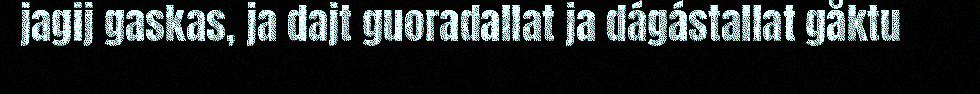
jagij gaskas, ja dajt guoradallat ja dágástallat gåktu